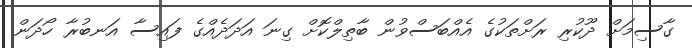
ގާސިމަށް ދޫކުރި ރަށްތަކުގެ އެއްބަސްވުން ބާތިލްކޮށް ގިނަ އަދަދެއްގެ ފައިސާ އަނބުރާ ހޯދަން